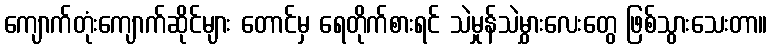
ကျောက်တုံးကျောက်ဆိုင်များ တောင်မှ ရေတိုက်စားရင် သဲမှုန်သဲမွှားလေးတွေ ဖြစ်သွားသေးတာ။